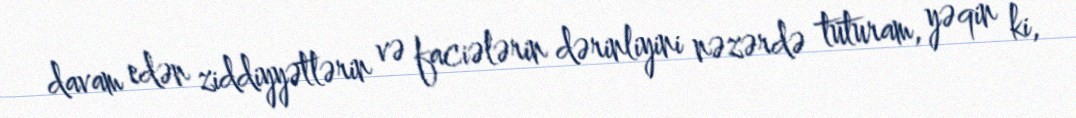
davam edən ziddiyyətlərin və faciələrin dərinliyini nəzərdə tuturam, yəqin ki,